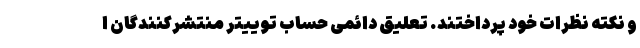
و نکته نظرات خود پرداختند. تعلیق دائمی حساب توییتر منتشرکنندگان ا